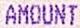
AMOUNT